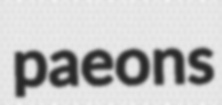
paeons